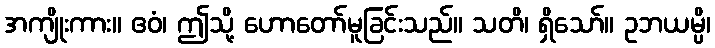
အကျိုးကား။ ဧဝံ၊ ဤသို့ ဟောတော်မူခြင်းသည်။ သတိ၊ ရှိသော်။ ဥဘယမ္ပိ၊